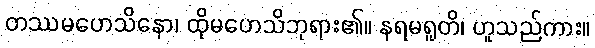
တဿမဟေသိနော၊ ထိုမဟေသိဘုရား၏။ နရမရူတိ၊ ဟူသည်ကား။